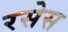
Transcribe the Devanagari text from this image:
रसेस